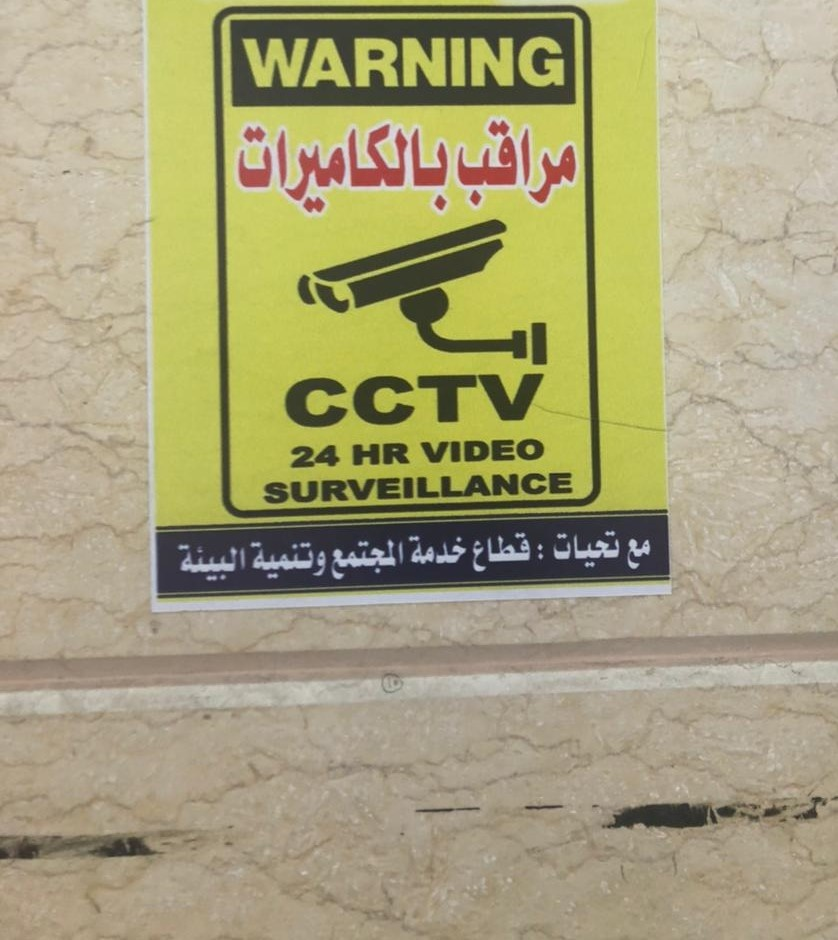
Text in image: مراقب بالكاميرات تحيات قطاع خدمة مع المجتمع وتنمية البيئة WARNING CCTV VIDEO HR 24 SURVEILLANCE